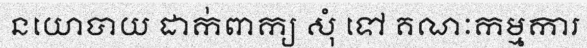
នយោបាយ ដាក់ពាក្យ សុំ ទៅ គណៈកម្មការ